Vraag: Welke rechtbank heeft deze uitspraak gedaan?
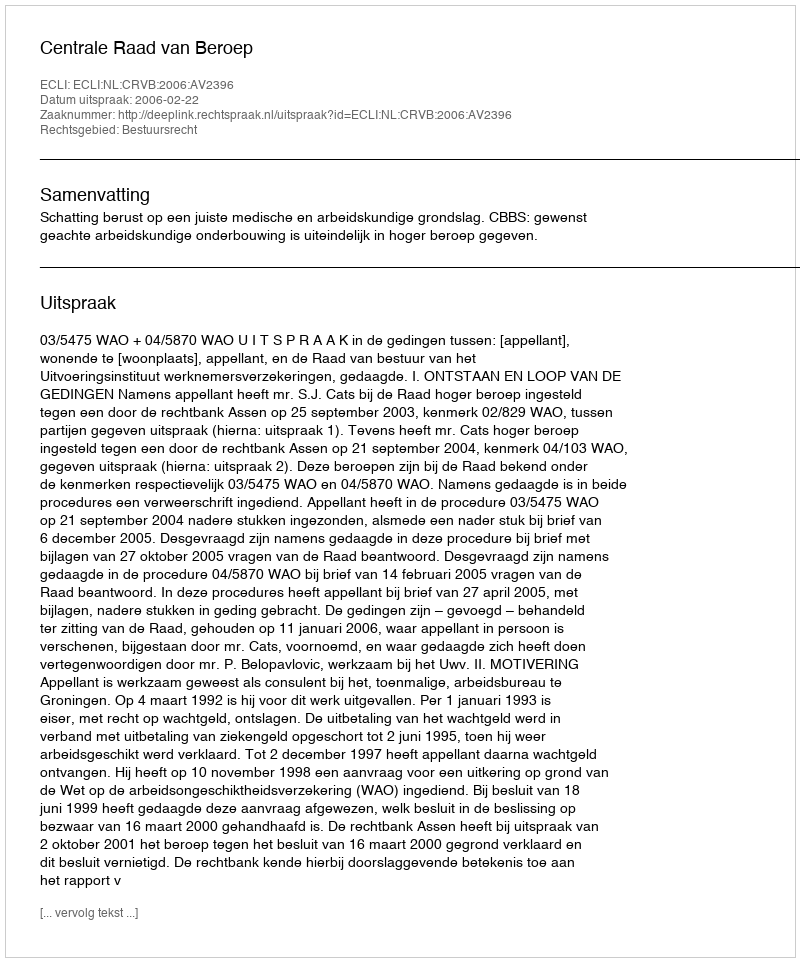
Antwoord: Centrale Raad van Beroep